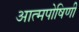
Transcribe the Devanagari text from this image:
आत्मपोषिणी